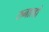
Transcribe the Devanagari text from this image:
रुनाल्डो